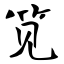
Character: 笕